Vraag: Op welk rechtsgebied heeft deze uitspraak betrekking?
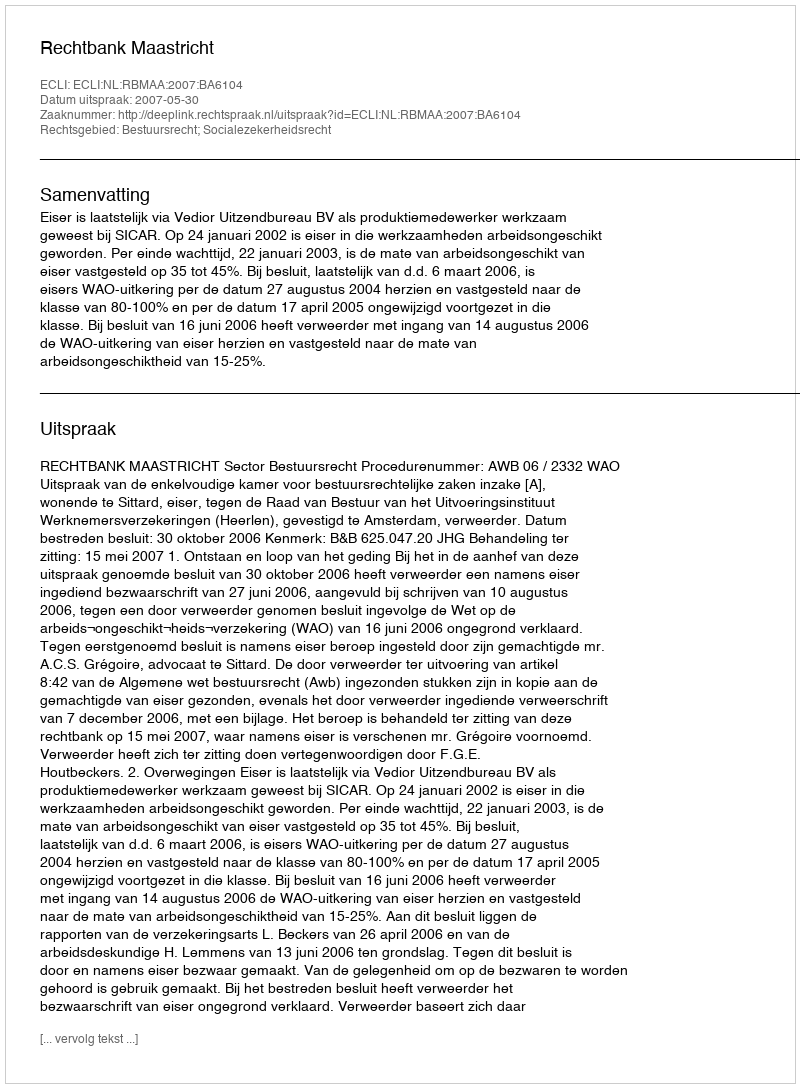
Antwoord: Bestuursrecht; Socialezekerheidsrecht